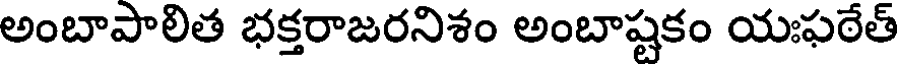
అంబాపాలిత భక్తరాజరనిశం అంబాష్టకం యఃఫఠేత్